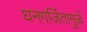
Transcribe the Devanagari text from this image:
घनगर्जितामुळें